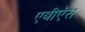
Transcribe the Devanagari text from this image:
एबीऍस